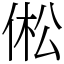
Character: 倯